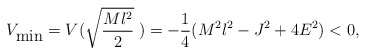
\begin{align*}V_{\mbox{min}}=V(\sqrt{\frac{Ml^2}{2}}\;)=-\frac{1}{4}(M^2l^2-J^2+4E^2)<0,\end{align*}